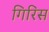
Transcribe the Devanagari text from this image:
गिरिस